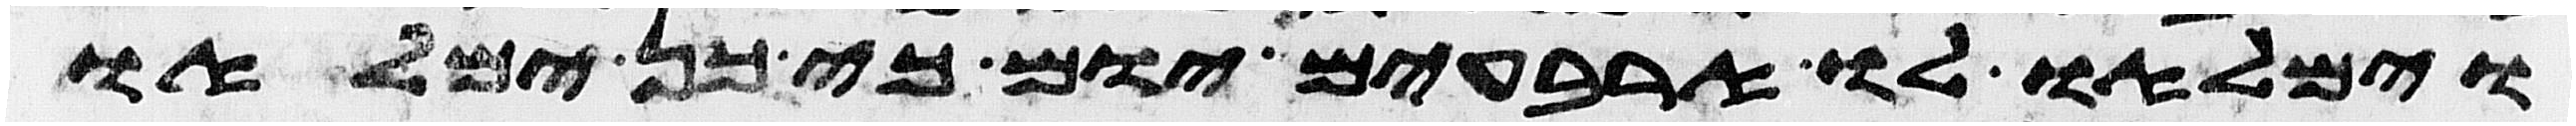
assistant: וימלאו לו ארבעים יום כי כן ימלאו